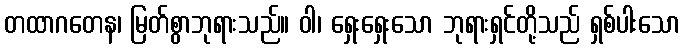
တထာဂတေန၊ မြတ်စွာဘုရားသည်။ ဝါ၊ ရှေးရှေးသော ဘုရားရှင်တို့သည် ရှစ်ပါးသော